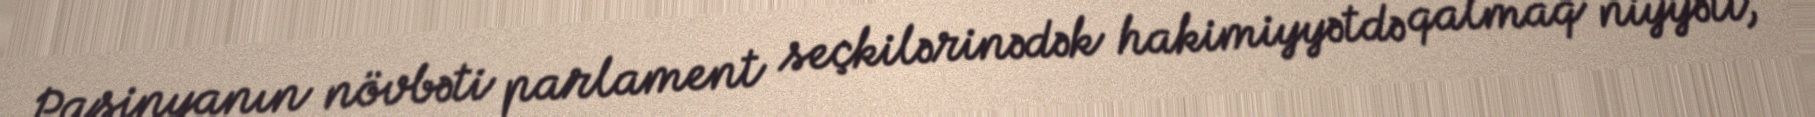
Paşinyanın növbəti parlament seçkilərinədək hakimiyyətdə qalmaq niyyəti,